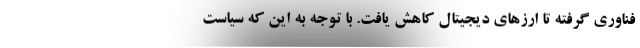
فناوری گرفته تا ارزهای دیجیتال کاهش یافت. با توجه به این که سیاست